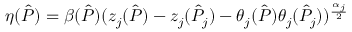
\eta ( \hat { P } ) = \beta ( \hat { P } ) ( z _ { j } ( \hat { P } ) - z _ { j } ( \hat { P } _ { j } ) - \theta _ { j } ( \hat { P } ) \theta _ { j } ( \hat { P } _ { j } ) ) ^ { \frac { \alpha _ { j } } { 2 } }